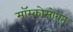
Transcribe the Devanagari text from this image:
मॉस्कोसोबत